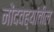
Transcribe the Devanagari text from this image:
नोंदवह्यांतील